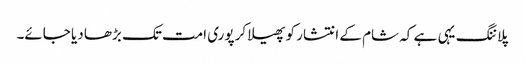
پلاننگ یہی ہے کہ شام کے انتشار کو پھیلا کر پوری امت تک بڑھا دیا جائے۔